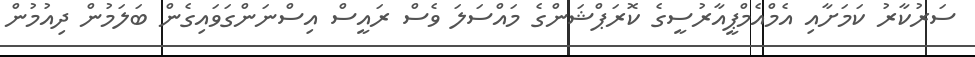
ސަރުކާރު ކަމަށާއި އެމްއެމްޕީއާރުސީގެ ކޮރަޕްޝަންގެ މައްސަލަ ވެސް ރައީސް އިސްނަންގަވައިގެން ބަލަމުން ދިއުމުން